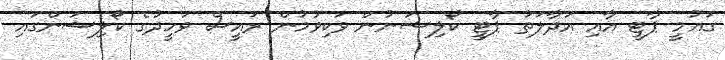
ގައުމީ ޕާޓީ އާއި އަދާލަތު ޕާޓީ ކޯލިޝަނުން ވަކިވުމުން ރައީސް ވަހީދުގެ ކޯލިޝަންގައި